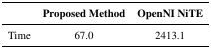
<table><thead><tr><td></td><td><b>Proposed Method</b></td><td><b>OpenNI NiTE</b></td></tr></thead><tbody><tr><td>Time</td><td>67.0</td><td>2413.1</td></tr></tbody></table>